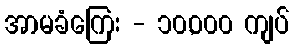
အာမခံကြေး - ၁၀,၀၀၀ ကျပ်